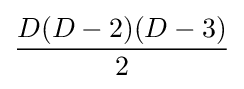
{D(D-2)(D-3) \over {2}}